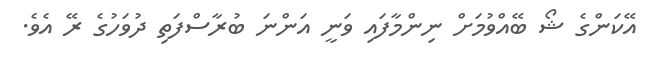
އޭކަންގެ ޝޯ ބޭއްވުމަށް ނިންމާފައި ވަނީ އަންނަ ބުރާސްފަތި ދުވަހުގެ ރޭ އެވެ.